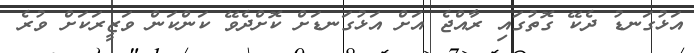
އަޅުގަނޑު ދެކޭ ގޮތުގައި ރާއްޖެ އަށް އަޅުގަނޑަށް ކޮށްދެވޭ ކަންކަން ވަޒީރަކަށް ވުރެ